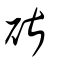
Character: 碪